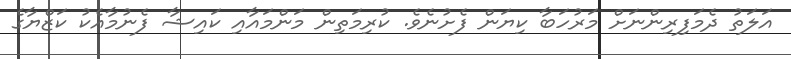
އަލަތު ދެމަފިރިންނަށް މަރުހަބާ ކިޔަން ފެށުނެވެ. ކުރިމަތިން މަންމައާއި ކައިޝާ ފެނުމާއެކު ކަޒްޔާގެ